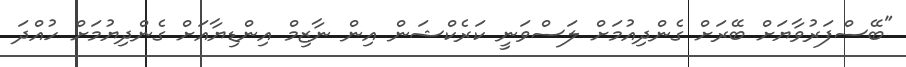
"ބޭސްފަރުވާޔަށް ބޭރަށް ގެންދިއުމަށް ލަސްވަނީ ކަރެކްޝަން އިން ނާޒިމް އިންޑިޔާއަށް ގެންދިޔުމަށް ހުއްދަ